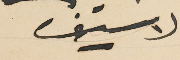
الاسَيف